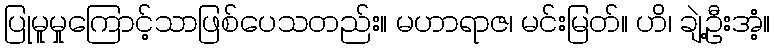
ပြုမူမှုကြောင့်သာဖြစ်ပေသတည်း။ မဟာရာဇ၊ မင်းမြတ်။ ဟိ၊ ချဲ့ဦးအံ့။